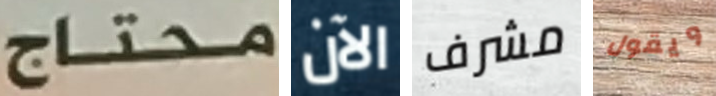
محتاج الآن مشرف ويقول